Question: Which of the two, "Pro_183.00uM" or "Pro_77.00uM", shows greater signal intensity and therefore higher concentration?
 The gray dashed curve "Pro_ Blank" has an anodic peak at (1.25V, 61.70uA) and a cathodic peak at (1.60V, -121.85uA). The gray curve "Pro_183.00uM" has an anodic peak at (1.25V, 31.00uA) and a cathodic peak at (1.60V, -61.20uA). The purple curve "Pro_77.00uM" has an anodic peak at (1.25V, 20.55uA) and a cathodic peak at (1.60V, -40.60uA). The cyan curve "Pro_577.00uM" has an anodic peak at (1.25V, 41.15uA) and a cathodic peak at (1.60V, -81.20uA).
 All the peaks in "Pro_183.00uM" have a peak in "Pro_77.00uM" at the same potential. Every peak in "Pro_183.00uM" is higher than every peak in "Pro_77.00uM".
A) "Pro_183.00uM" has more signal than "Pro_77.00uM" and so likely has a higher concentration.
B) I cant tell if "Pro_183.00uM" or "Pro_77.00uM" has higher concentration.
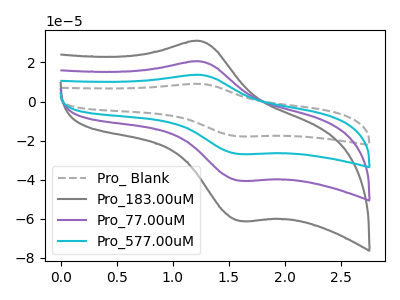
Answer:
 <answer>A) "Pro_183.00uM" has more signal than "Pro_77.00uM" and so likely has a higher concentration.</answer>
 <eval>A</eval>